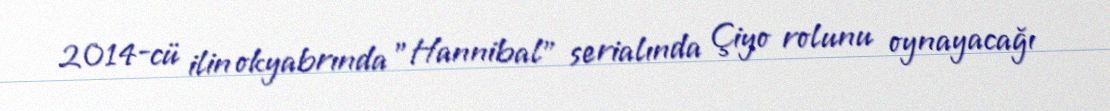
2014-cü ilin okyabrında "Hannibal" serialında Çiyo rolunu oynayacağı